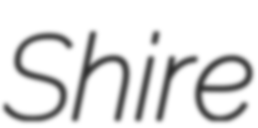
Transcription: Shire